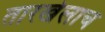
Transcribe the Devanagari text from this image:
तारखेलाच